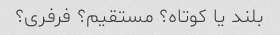
بلند یا کوتاه؟ مستقیم؟ فرفری؟